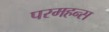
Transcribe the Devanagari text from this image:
परमहन्स